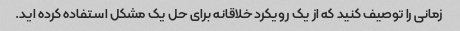
زمانی را توصیف کنید که از یک رویکرد خلاقانه برای حل یک مشکل استفاده کرده اید.